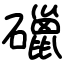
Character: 䃳